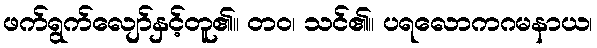
ဖက်ရွက်လျော်နှင့်တူ၏။ တဝ၊ သင်၏။ ပရလောကဂမနာယ၊